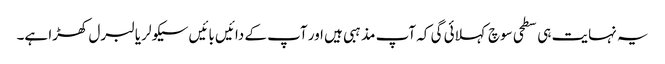
یہ نہایت ہی سطحی سوچ کہلائی گی کہ آپ مذہبی ہیں اور آپ کے دائیں بائیں سیکولر یا لبرل کھڑا ہے۔